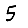
Digit: 5